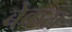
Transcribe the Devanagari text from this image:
बेकरा